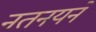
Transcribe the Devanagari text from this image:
नतनयने